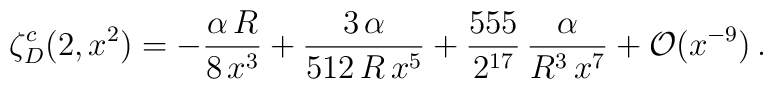
\zeta_D^c(2,x^2)=-\frac{\alpha\,R}{8\,x^3}+\frac{3\,\alpha}{512\,R\,x^5}+\frac{555}{2^{17}}\,\frac{\alpha}{R^3\,x^7}+{\cal O}(x^{-9})\,{.}